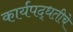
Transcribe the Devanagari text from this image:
कार्यपद्धतीचे